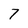
Character: 7